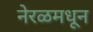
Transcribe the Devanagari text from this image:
नेरळमधून